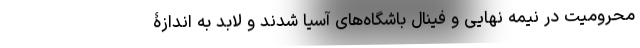
محرومیت در نیمه نهایی و فینال باشگاه‌های آسیا شدند و لابد به اندازۀ